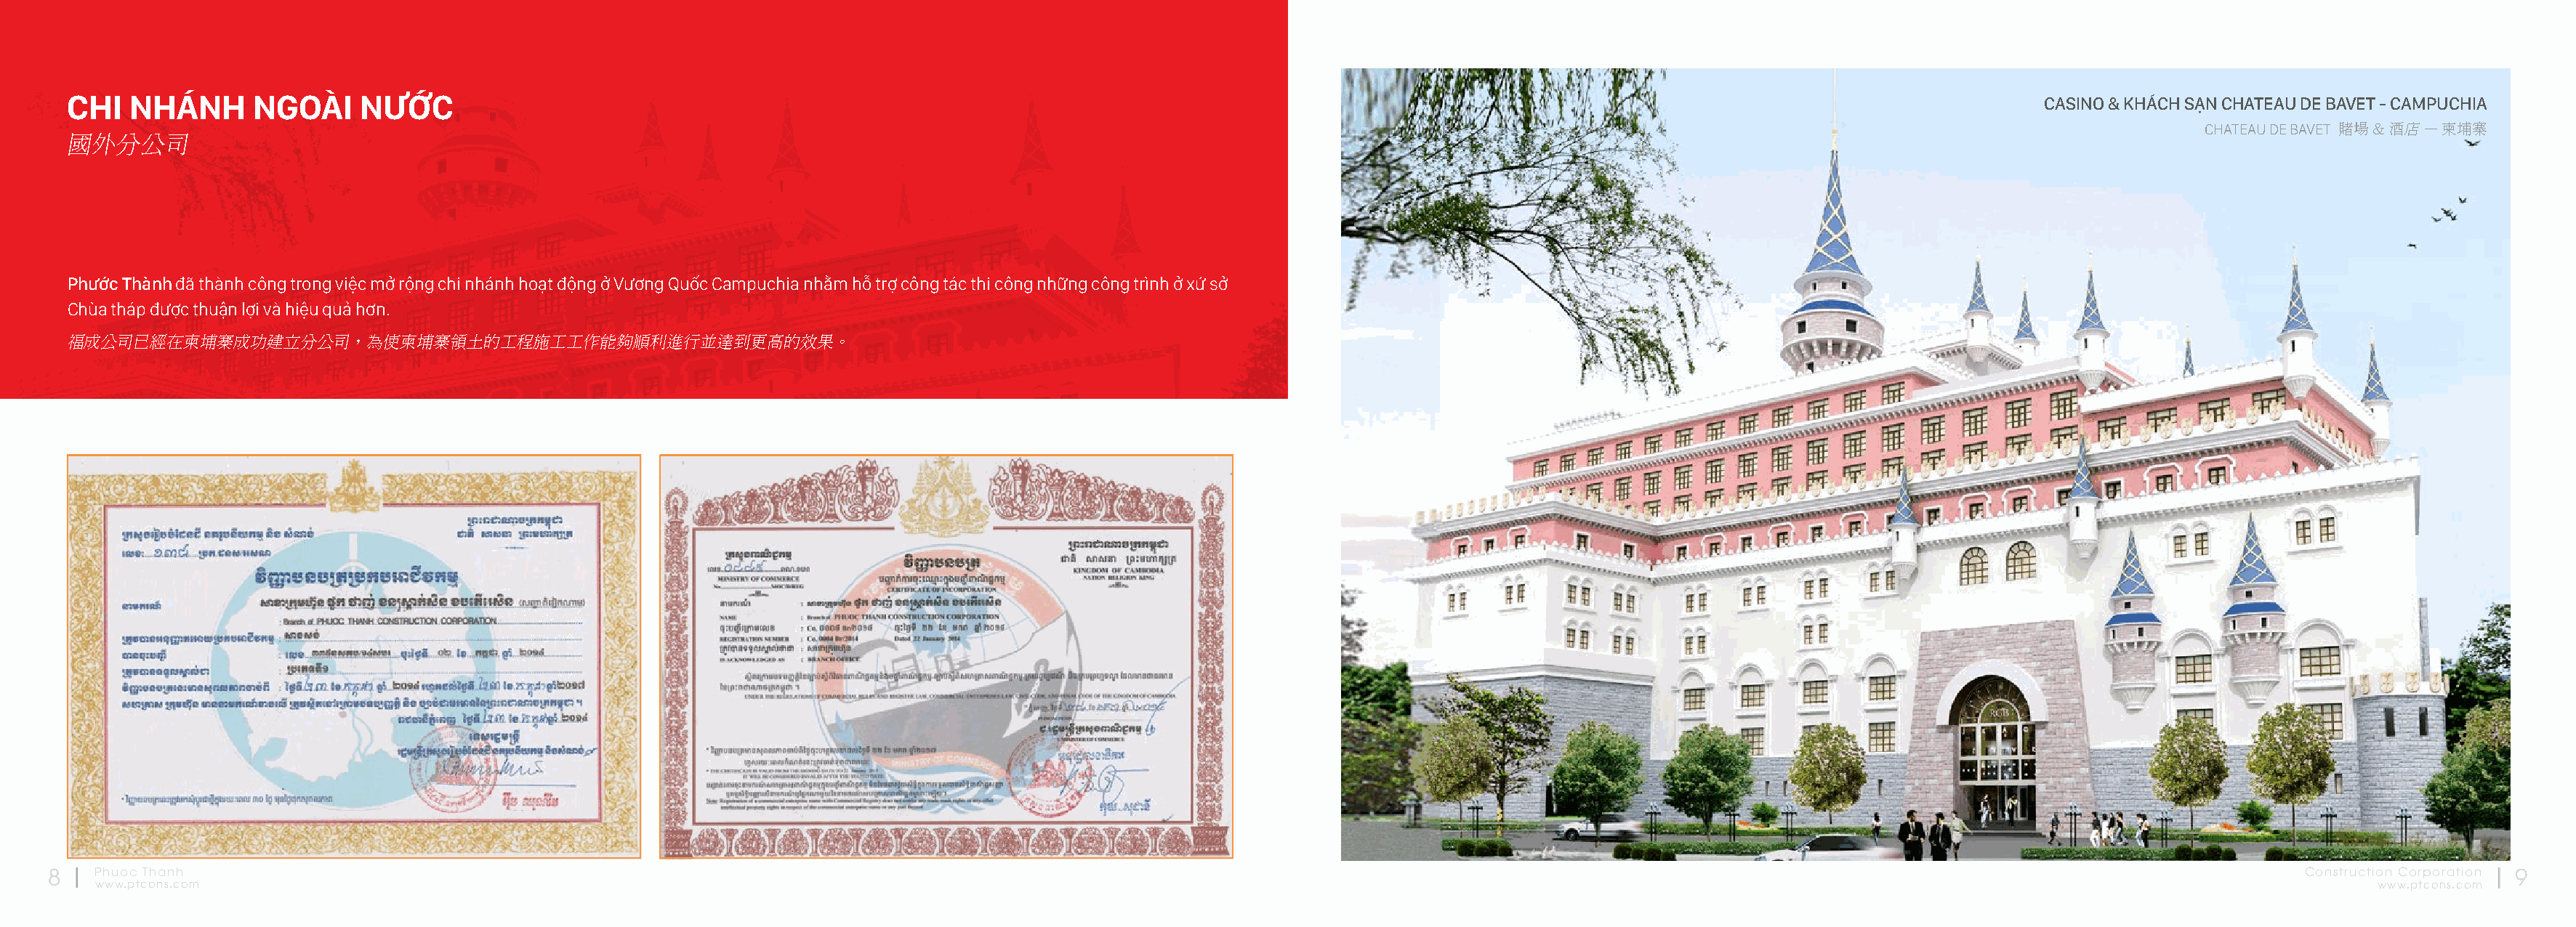
CHI   NHÁNH      NGOÀI     NƯỚC                                                                                                                                                     CASINO & KHÁCH SẠN CHATEAU DE BAVET - CAMPUCHIA
 CHATEAU DE BAVET 賭場 & 酒店 – 柬埔寨
 國外分公司
 Phước Thành đã thành công trong việc mở rộng chi nhánh hoạt động ở Vương Quốc Campuchia nhằm hỗ trợ công tác thi công những công trình ở xứ sở
 Chùa tháp được thuận lợi và hiệu quả hơn.
 福成公司已經在柬埔寨成功建立分公司，為使柬埔寨領土的工程施工工作能夠順利進行並達到更高的效果。
 8    Phuoc Thanh                                                                                                                                                                                              Construction Corporation 9
 www.ptcons.com                                                                                                                                                                                                  www.ptcons.com